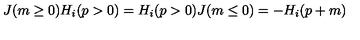
J ( m \ge 0 ) H _ { i } ( p > 0 ) = H _ { i } ( p > 0 ) J ( m \le 0 ) = - H _ { i } ( p + m )